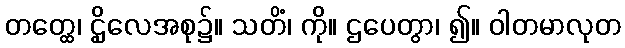
တတ္ထေ၊ ဌိုလေအစု၌။ သတိံ၊ ကို။ ဌပေတွာ၊ ၍။ ဝါတမာလုတ